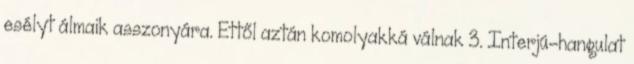
esélyt álmaik asszonyára. Ettől aztán komolyakká válnak 3. Interjú-hangulat